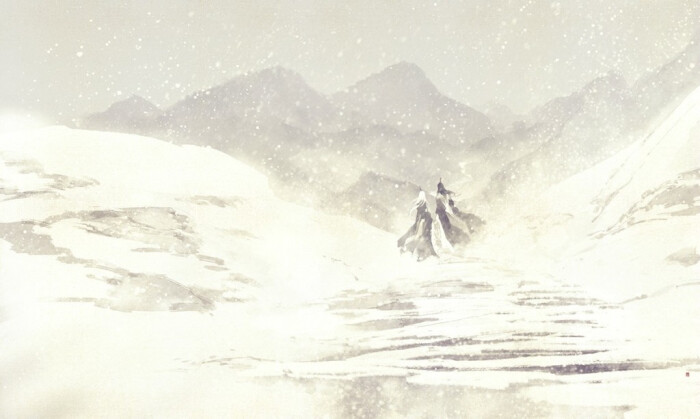
江南江北雪漫漫。遥知易水寒。